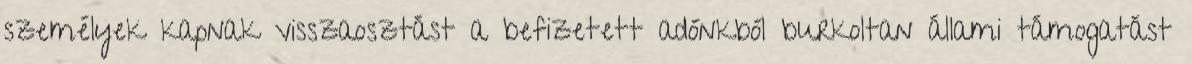
személyek kapnak visszaosztást a befizetett adónkból burkoltan állami támogatást